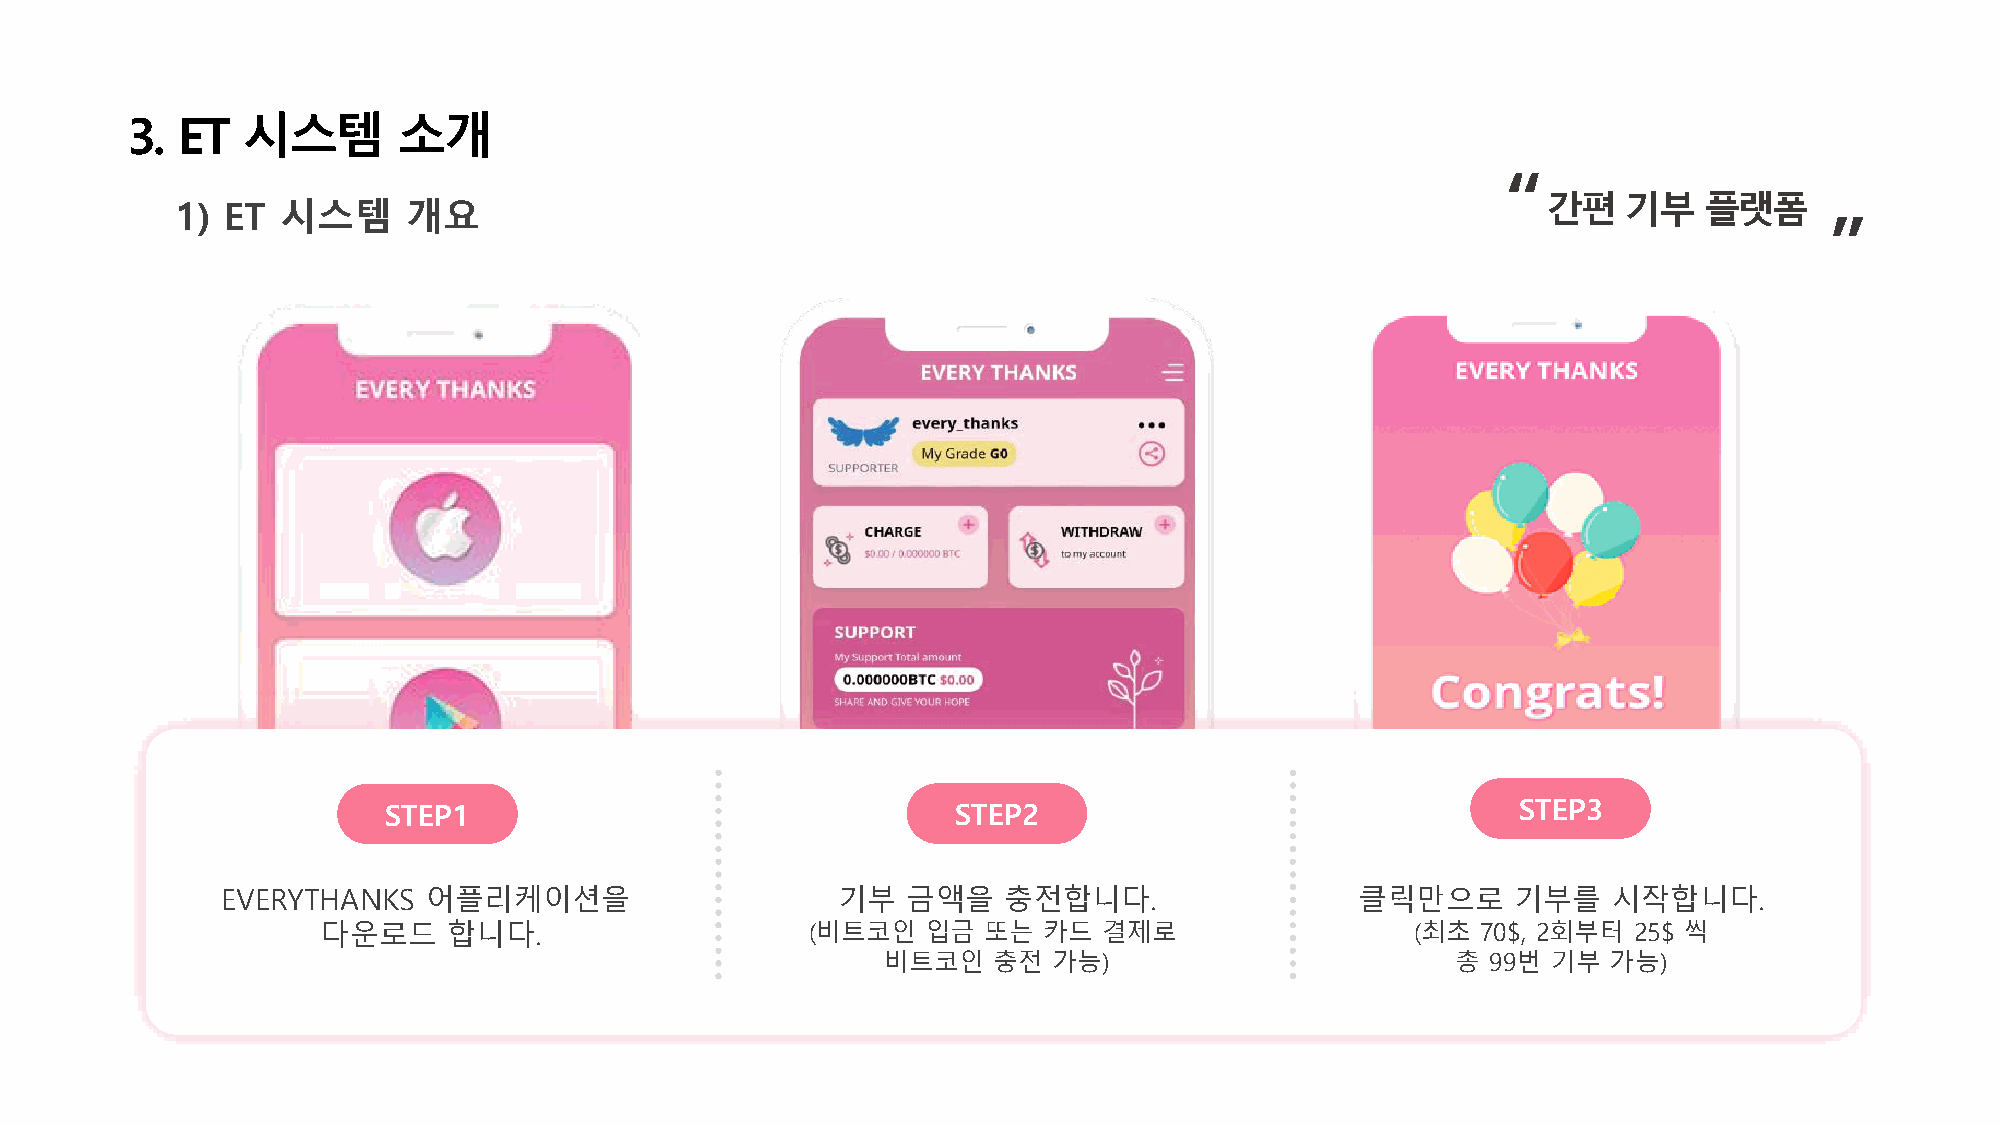
3.  ET  시스템       소개
 “
 간편   기부    플랫폼
 1) ET  시스템     개요
 ”
 STEP1                                 STEP2                                STEP3
 EVERYTHANKS  어플리케이션을                    기부   금액을   충전합니다.                  클릭만으로     기부를    시작합니다.
 다운로드     합니다.                    (비트코인  입금  또는  카드  결제로                  (최초 70$, 2회부터 25$ 씩
 비트코인   충전  가능)                       총  99번 기부  가능)